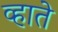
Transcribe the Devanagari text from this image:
व्हाते